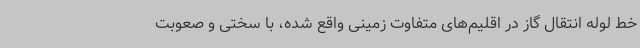
خط لوله انتقال گاز در اقلیم‌های متفاوت زمینی واقع شده، با سختی و صعوبت